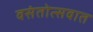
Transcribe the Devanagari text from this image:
वसंतोत्सवात